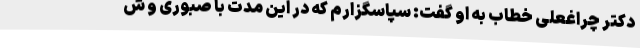
دکتر چراغعلی خطاب به او گفت: سپاسگزارم که در این مدت با صبوری و ش